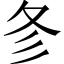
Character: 㣊